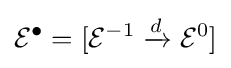
{\mathcal {E}}^{\bullet }=[{\mathcal {E}}^{-1}\xrightarrow {d} {\mathcal {E}}^{0}]